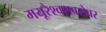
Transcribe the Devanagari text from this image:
मयूरेश्वराबरोबर